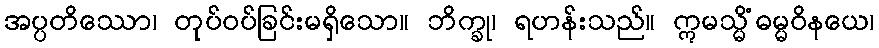
အပ္ပတိဿော၊ တုပ်ဝပ်ခြင်းမရှိသော။ ဘိက္ခု၊ ရဟန်းသည်။ ဣမသ္မိံဓမ္မဝိနယေ၊